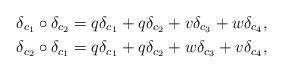
LaTeX: \begin{align*}&\delta_{c_1} \circ \delta_{c_2} = q \delta_{c_1} + q \delta_{c_2} + v \delta_{c_3} + w \delta_{c_4},\\&\delta_{c_2} \circ \delta_{c_1} = q \delta_{c_1} + q \delta_{c_2} + w \delta_{c_3} + v \delta_{c_4},\end{align*}